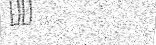
٢٩